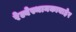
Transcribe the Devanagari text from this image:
रेल्वेस्थानकाबाहेर